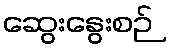
ဆွေးနွေးစဉ်